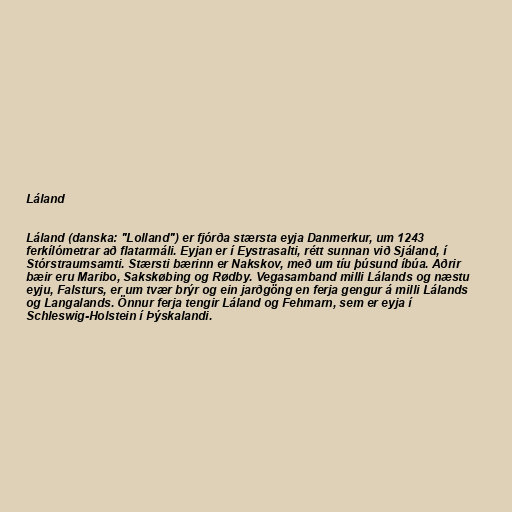
Láland

Láland (danska: "Lolland") er fjórða stærsta eyja Danmerkur, um 1243
ferkílómetrar að flatarmáli. Eyjan er í Eystrasalti, rétt sunnan við Sjáland, í
Stórstraumsamti. Stærsti bærinn er Nakskov, með um tíu þúsund íbúa. Aðrir
bæir eru Maribo, Sakskøbing og Rødby. Vegasamband milli Lálands og næstu
eyju, Falsturs, er um tvær brýr og ein jarðgöng en ferja gengur á milli Lálands
og Langalands. Önnur ferja tengir Láland og Fehmarn, sem er eyja í
Schleswig-Holstein í Þýskalandi.